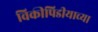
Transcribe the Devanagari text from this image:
विकीपिडीयाच्या